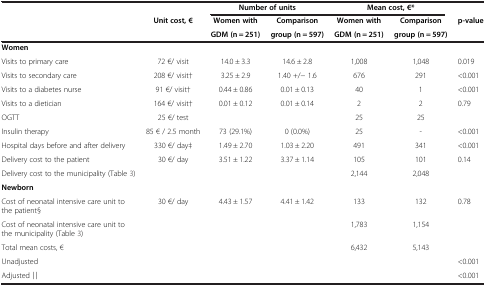
<table><thead><tr><td><b> </b></td><td><b> </b></td><td colspan="2"><b>Number of units</b></td><td colspan="2"><b>Mean cost, €*</b></td><td><b> </b></td></tr><tr><td rowspan="2"><b> </b></td><td rowspan="2"><b>Unit cost, €</b></td><td><b>Women with</b></td><td><b>Comparison</b></td><td><b>Women with</b></td><td><b>Comparison</b></td><td rowspan="2"><b>p-value</b></td></tr><tr><td><b>GDM (n = 251)</b></td><td><b>group (n = 597)</b></td><td><b>GDM (n = 251)</b></td><td><b>group (n = 597)</b></td></tr></thead><tbody><tr><td><b>Women</b></td><td> </td><td> </td><td> </td><td> </td><td> </td><td> </td></tr><tr><td>Visits to primary care</td><td>72 €/ visit</td><td>14.0 ± 3.3</td><td>14.6 ± 2.8</td><td>1,008</td><td>1,048</td><td>0.019</td></tr><tr><td>Visits to secondary care</td><td>208 €/ visit†</td><td>3.25 ± 2.9</td><td>1.40 +/− 1.6</td><td>676</td><td>291</td><td>&lt;0.001</td></tr><tr><td>Visits to a diabetes nurse</td><td>91 €/ visit†</td><td>0.44 ± 0.86</td><td>0.01 ± 0.13</td><td>40</td><td>1</td><td>&lt;0.001</td></tr><tr><td>Visits to a dietician</td><td>164 €/ visit†</td><td>0.01 ± 0.12</td><td>0.01 ± 0.14</td><td>2</td><td>2</td><td>0.79</td></tr><tr><td>OGTT</td><td>25 €/ test</td><td> </td><td> </td><td>25</td><td>25</td><td> </td></tr><tr><td>Insulin therapy</td><td>85 € / 2.5 month</td><td>73 (29.1%)</td><td>0 (0.0%)</td><td>25</td><td>-</td><td>&lt;0.001</td></tr><tr><td>Hospital days before and after delivery</td><td>330 €/ day‡</td><td>1.49 ± 2.70</td><td>1.03 ± 2.20</td><td>491</td><td>341</td><td>&lt;0.001</td></tr><tr><td>Delivery cost to the patient</td><td>30 €/ day</td><td>3.51 ± 1.22</td><td>3.37 ± 1.14</td><td>105</td><td>101</td><td>0.14</td></tr><tr><td>Delivery cost to the municipality (Table3)</td><td> </td><td> </td><td> </td><td>2,144</td><td>2,048</td><td> </td></tr><tr><td><b>Newborn</b></td><td> </td><td> </td><td> </td><td> </td><td> </td><td> </td></tr><tr><td>Cost of neonatal intensive care unit to the patient§</td><td>30 €/ day</td><td>4.43 ± 1.57</td><td>4.41 ± 1.42</td><td>133</td><td>132</td><td>0.78</td></tr><tr><td>Cost of neonatal intensive care unit to the municipality (Table3)</td><td> </td><td> </td><td> </td><td>1,783</td><td>1,154</td><td> </td></tr><tr><td>Total mean costs, €</td><td> </td><td> </td><td> </td><td>6,432</td><td>5,143</td><td> </td></tr><tr><td>Unadjusted</td><td> </td><td> </td><td> </td><td> </td><td> </td><td>&lt;0.001</td></tr><tr><td>Adjusted ∣∣</td><td> </td><td> </td><td> </td><td> </td><td> </td><td>&lt;0.001</td></tr></tbody></table>